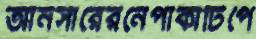
আনসারেরনেপাকাটিপে